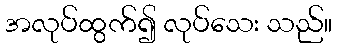
အလုပ်ထွက်၍ လုပ်သေး သည်။